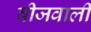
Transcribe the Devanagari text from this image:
बीजवाली